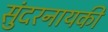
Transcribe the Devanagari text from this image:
सुंदरनायकी